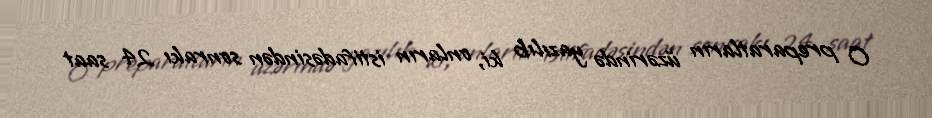
O preparatların üzərində yazılıb ki, onların istifadəsindən sonrakı 24 saat